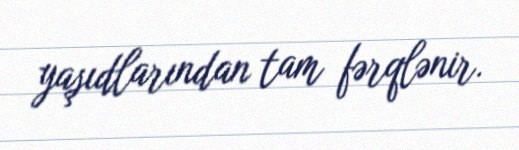
yaşıdlarından tam fərqlənir.